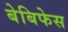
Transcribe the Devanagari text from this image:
बेबिफेस